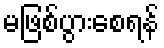
မဖြစ်ပွားစေရန်